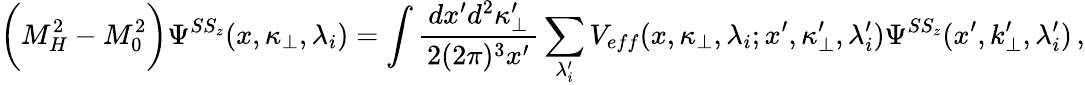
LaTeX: \biggl(M_{H}^{2}-M_{0}^{2}\biggr)\Psi^{SS_{z}}(x,\kappa_{\bot},\lambda_{i})=\int\frac{\, dx^{\prime}d^{2}\kappa_{\bot}^{\prime}\, }{2(2\pi)^{3}x^{\prime}}\sum_{\lambda_{i}^{\prime}}V_{eff}(x,\kappa_{\bot},\lambda_{i};x^{\prime},\kappa_{\bot}^{\prime},\lambda_{i}^{\prime}){\Psi}^{SS_{z}}(x^{\prime},k_{\bot}^{\prime},\lambda_{i}^{\prime})\, ,